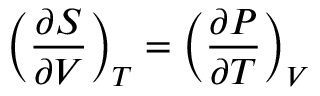
\left( { \frac { \partial S } { \partial V } } \right) _ { T } = \left( { \frac { \partial P } { \partial T } } \right) _ { V }